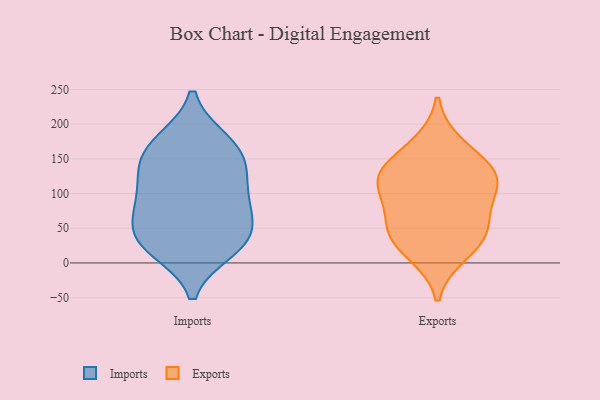
{"axis": {"x": "Page Views", "y": "Value"}, "legend": ["Exports", "Imports"], "data": [{"x": "", "y": 30, "type": "Imports"}, {"x": "", "y": 175, "type": "Imports"}, {"x": "", "y": 52, "type": "Imports"}, {"x": "", "y": 20, "type": "Imports"}, {"x": "", "y": 92, "type": "Imports"}, {"x": "", "y": 86, "type": "Imports"}, {"x": "", "y": 137, "type": "Imports"}, {"x": "", "y": 136, "type": "Imports"}, {"x": "", "y": 44, "type": "Imports"}, {"x": "", "y": 174, "type": "Imports"}, {"x": "", "y": 153, "type": "Imports"}, {"x": "", "y": 26, "type": "Imports"}, {"x": "", "y": 93, "type": "Imports"}, {"x": "", "y": 125, "type": "Exports"}, {"x": "", "y": 34, "type": "Exports"}, {"x": "", "y": 14, "type": "Exports"}, {"x": "", "y": 48, "type": "Exports"}, {"x": "", "y": 114, "type": "Exports"}, {"x": "", "y": 136, "type": "Exports"}, {"x": "", "y": 89, "type": "Exports"}, {"x": "", "y": 170, "type": "Exports"}, {"x": "", "y": 123, "type": "Exports"}, {"x": "", "y": 55, "type": "Exports"}]}